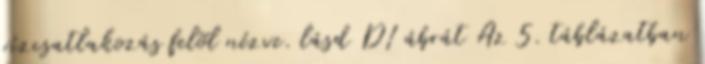
vízcsatlakozás felõl nézve. lásd D1 ábrát Az 5. táblázatban